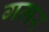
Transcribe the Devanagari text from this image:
गमर